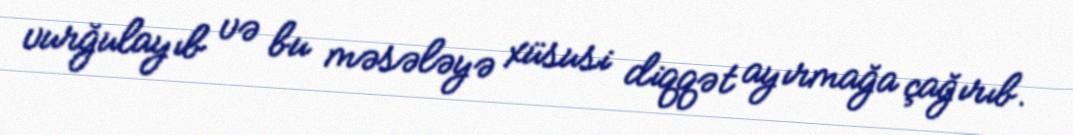
vurğulayıb və bu məsələyə xüsusi diqqət ayırmağa çağırıb.